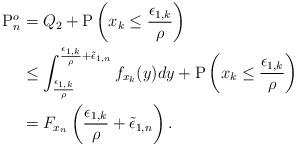
LaTeX: \begin{align*}\mathrm{P}^o_n &=Q_2+\mathrm{P}\left(x_k\leq \frac{\epsilon_{1,k}}{\rho}\right)\\ &\leq\int^{\frac{\epsilon_{1,k}}{\rho} +\tilde{\epsilon}_{1,n}}_{ \frac{\epsilon_{1,k}}{\rho}} f_{{x}_k}(y) dy+\mathrm{P}\left(x_k\leq \frac{\epsilon_{1,k}}{\rho}\right)\\ &= F_{{x}_n}\left(\frac{\epsilon_{1,k}}{\rho} +\tilde{\epsilon}_{1,n}\right).\end{align*}